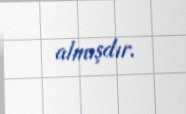
almışdır.